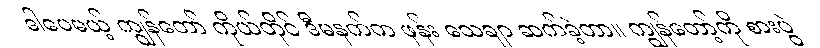
ဒါပေမယ့် ကျွန်တော် ကိုယ်တိုင် ဒီမနက်က ဖုန်း သေချာ ဆက်ခဲ့တာ။ ကျွန်တော့်ကို စားပွဲ